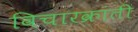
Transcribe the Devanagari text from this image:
विचारक्रांती